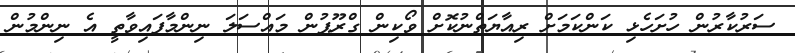
ސަރުކާރުން ހުށަހެޅި ކަންކަމަށް ރިއާޔަތްނުކޮށް ވޯކިން ގްރޫޕުން މައްސަލަ ނިންމާފައިވާތީ އެ ނިންމުން